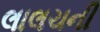
લાલચની